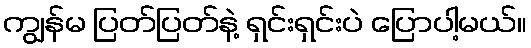
ကျွန်မ ပြတ်ပြတ်နဲ့ ရှင်းရှင်းပဲ ပြောပါ့မယ်။